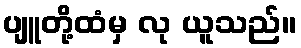
ပျူတို့ထံမှ လု ယူသည်။